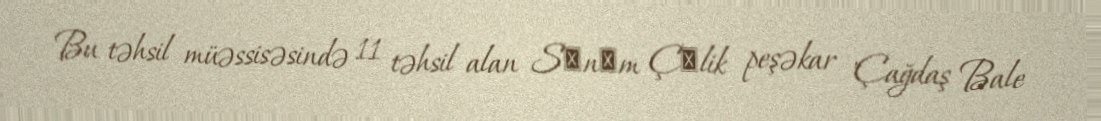
Bu təhsil müəssisəsində 11 təhsil alan Sәnәm Çәlik peşəkar "Çağdaş Bale